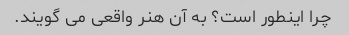
چرا اینطور است؟ به آن هنر واقعی می گویند.